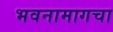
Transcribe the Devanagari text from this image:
भवनामागचा